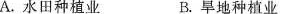
A.水田种植业 B.旱地种植业